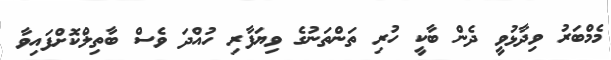
މެމްބަރު ވިދާޅުވީ ދެން ބާކީ ހުރި ތަންތަނުގެ ވިޔަފާރި ހުއްދަ ވެސް ބާތިލްކޮށްފައިވާ